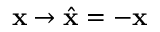
{ \bf { x } } \to \hat { \bf { x } } = - { \bf { x } }